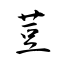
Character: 荳